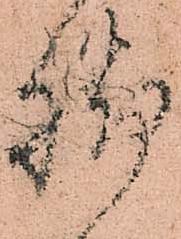
脚